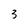
Character: 3